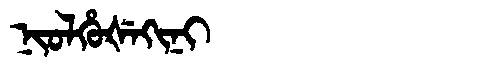
Manchu: ᠨᡳᠣᠯᡥᡠᡧᡝᡴᡳᠨᡳ
Romanization: NIOLHUŠEKINI